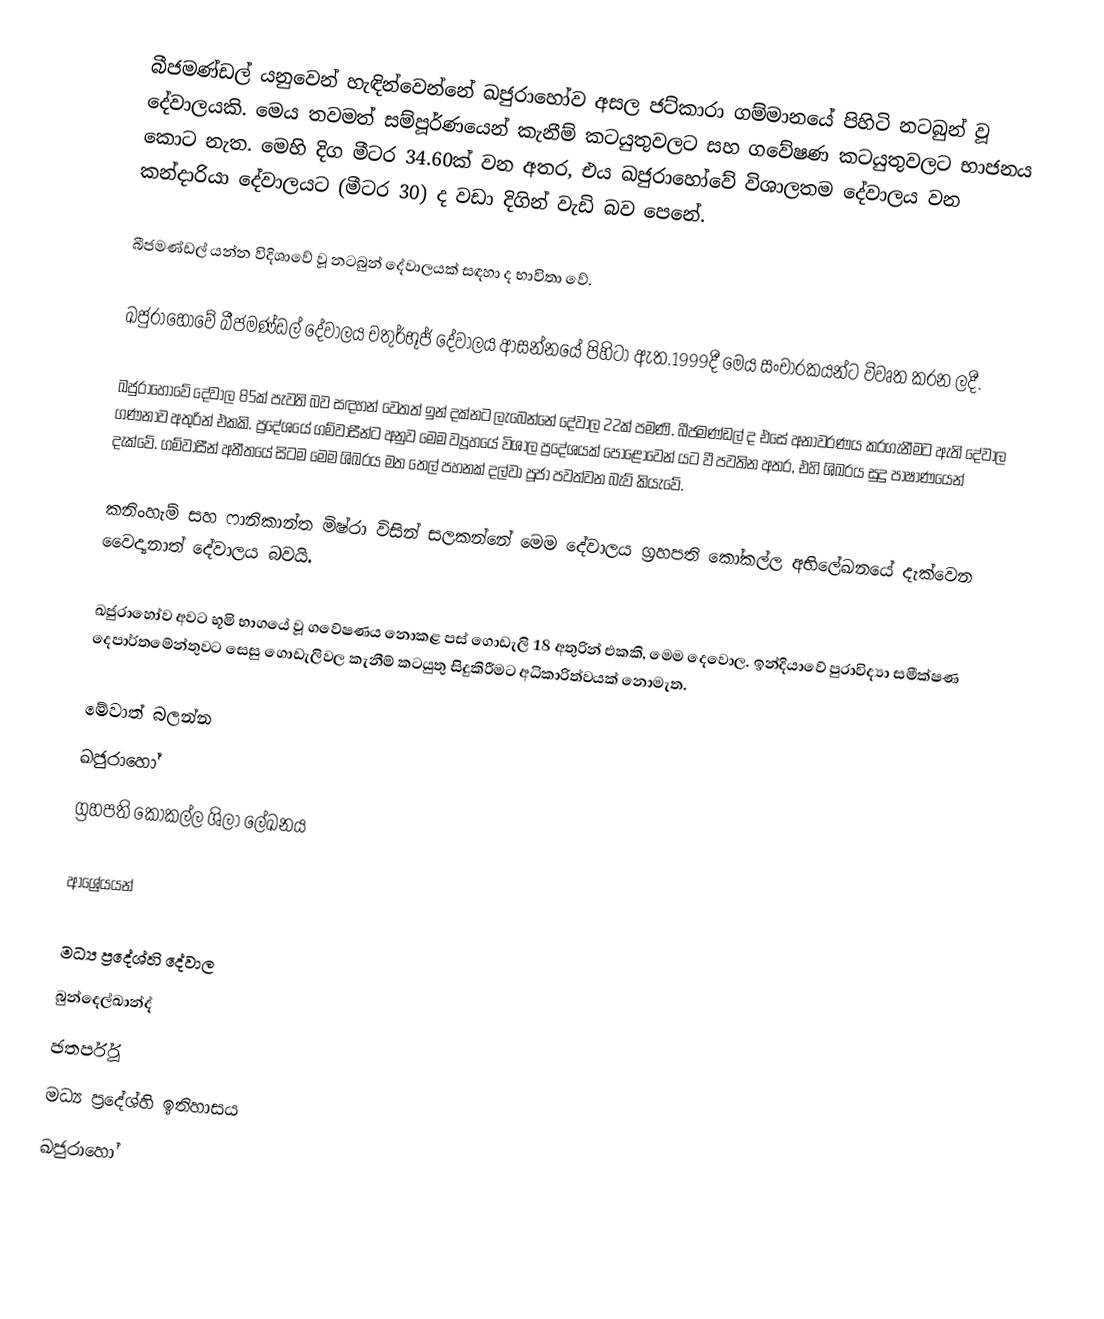
බීජමණ්ඩල් යනුවෙන් හැඳින්වෙන්නේ ඛජුරාහෝව අසල ජට්කාරා ගම්මානයේ පිහිටි නටබුන් වූ දේවාලයකි. මෙය තවමත් සම්පූර්ණයෙන් කැනීම් කටයුතුවලට සහ ගවේෂණ කටයුතුවලට භාජනය කොට නැත. මෙහි දිග මීටර 34.60ක් වන අතර, එය ඛජුරාහෝවේ විශාලතම දේවාලය වන කන්දාරියා දේවාලයට (මීටර 30) ද වඩා දිගින් වැඩි බව පෙනේ.

බීජමණ්ඩල් යන්න විදිශාවේ වූ නටබුන් දේවාලයක් සඳහා ද භාවිතා වේ.

ඛජුරාහෝවේ බීජමණ්ඩල් දේවාලය චතුර්භූජ් දේවාලය ආසන්නයේ පිහිටා ඇත.1999දී මෙය සංචාරකයන්ට විවෘත කරන ලදී.

ඛජුරාහෝවේ දේවාල 85ක් පැවති බව සඳහන් වෙතත් ඉන් දක්නට ලැබෙන්නේ දේවාල 22ක් පමණි. බීජමණ්ඩල් ද එසේ අනාවරණය කරගැනීමට ඇති දේවාල ගණනාව අතුරින් එකකි. ප්‍රදේශයේ ගම්වාසීන්ට අනුව මෙම ව්‍යූහයේ විශාල ප්‍රදේශයක් පොළොවෙන් යට වී පවතින අතර, එහි ශිඛරය සුදු පාෂාණයෙන් දැක්වේ. ගම්වාසීන් අතීතයේ සිටම මෙම ශිඛරය මත තෙල් පහනක් දල්වා පූජා පවත්වන බැව් කියැවේ.

කනිංහැම් සහ ෆානිකාන්ත මිෂ්රා විසින් සලකන්නේ මෙම දේවාලය ග්‍රහපති කෝකල්ල අභිලේඛනයේ දැක්වෙන වෛද්‍යනාත් දේවාලය බවයි.

ඛජුරාහෝව අවට භූමි භාගයේ වූ ගවේෂණය නොකළ පස් ගොඩැලි 18 අතුරින් එකකි, මෙම දෙවොල. ඉන්දියාවේ පුරාවිද්‍යා සමීක්ෂණ දෙපාර්තමේන්තුවට සෙසු ගොඩැලිවල කැනීම් කටයුතු සිදුකිරීමට අධිකාරිත්වයක් නොමැත.

මේවාත් බලන්න
 ඛජුරාහෝ
 ග්‍රහපති කෝකල්ල ශිලා ලේඛනය

ආශ්‍රේයයන්

මධ්‍ය ප්‍රදේශ්හි දේවාල
බුන්දෙල්ඛාන්ද්
ඡතර්පූර්
මධ්‍ය ප්‍රදේශ්හි ඉතිහාසය
ඛජුරාහෝ